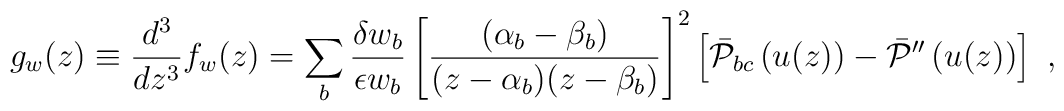
g_w(z)\equiv \frac{d^3}{dz^3}f_w(z) = \sum_b\frac{\delta w_b}{\epsilon w_b} \left[ \frac{(\alpha _b-\beta _b)}{(z-\alpha _b)(z-\beta _b)}\right] ^2\left[ \bar {\cal P}_{bc}\left( u(z)\right) -\bar {\cal P}''\left( u(z)\right) \right] \ ,